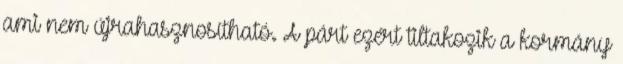
ami nem újrahasznosítható. A párt ezért tiltakozik a kormány